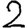
Digit: 2